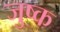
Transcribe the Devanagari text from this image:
जुष्क